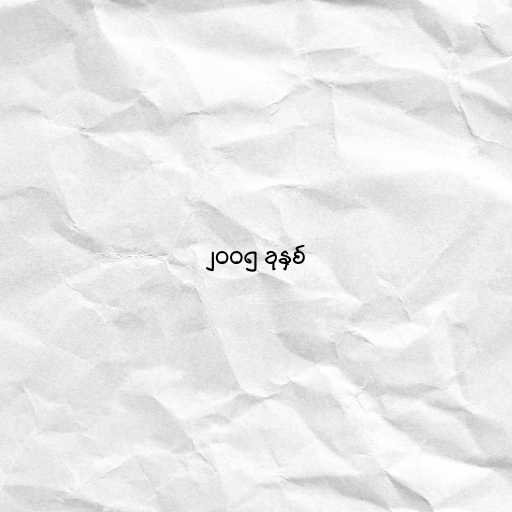
၂၀၀၅ ခုနှစ်